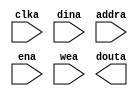
module mcu_sram4k8(
	clka,
	dina,
	addra,
	ena,
	wea,
	douta);


input clka;
input [7 : 0] dina;
input [11 : 0] addra;
input ena;
input [0 : 0] wea;
output [7 : 0] douta;

// synthesis translate_off

      BLK_MEM_GEN_V2_1 #(
		.C_ADDRA_WIDTH(12),
		.C_ADDRB_WIDTH(12),
		.C_ALGORITHM(1),
		.C_BYTE_SIZE(9),
		.C_COMMON_CLK(0),
		.C_DEFAULT_DATA("0"),
		.C_DISABLE_WARN_BHV_COLL(0),
		.C_DISABLE_WARN_BHV_RANGE(0),
		.C_FAMILY("virtex4"),
		.C_HAS_ENA(1),
		.C_HAS_ENB(0),
		.C_HAS_MEM_OUTPUT_REGS(0),
		.C_HAS_MUX_OUTPUT_REGS(0),
		.C_HAS_REGCEA(0),
		.C_HAS_REGCEB(0),
		.C_HAS_SSRA(0),
		.C_HAS_SSRB(0),
		.C_INIT_FILE_NAME("no_coe_file_loaded"),
		.C_LOAD_INIT_FILE(0),
		.C_MEM_TYPE(0),
		.C_PRIM_TYPE(1),
		.C_READ_DEPTH_A(4096),
		.C_READ_DEPTH_B(4096),
		.C_READ_WIDTH_A(8),
		.C_READ_WIDTH_B(8),
		.C_SIM_COLLISION_CHECK("ALL"),
		.C_SINITA_VAL("0"),
		.C_SINITB_VAL("0"),
		.C_USE_BYTE_WEA(0),
		.C_USE_BYTE_WEB(0),
		.C_USE_DEFAULT_DATA(0),
		.C_WEA_WIDTH(1),
		.C_WEB_WIDTH(1),
		.C_WRITE_DEPTH_A(4096),
		.C_WRITE_DEPTH_B(4096),
		.C_WRITE_MODE_A("WRITE_FIRST"),
		.C_WRITE_MODE_B("WRITE_FIRST"),
		.C_WRITE_WIDTH_A(8),
		.C_WRITE_WIDTH_B(8))
	inst (
		.CLKA(clka),
		.DINA(dina),
		.ADDRA(addra),
		.ENA(ena),
		.WEA(wea),
		.DOUTA(douta),
		.REGCEA(),
		.SSRA(),
		.CLKB(),
		.DINB(),
		.ADDRB(),
		.ENB(),
		.REGCEB(),
		.WEB(),
		.SSRB(),
		.DOUTB());


// synthesis translate_on

endmodule